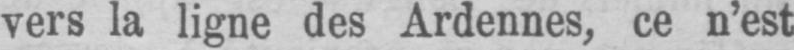
vers la ligne des Ardennes, ce n’est